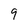
Character: 9